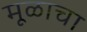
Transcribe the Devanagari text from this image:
मूळाचा